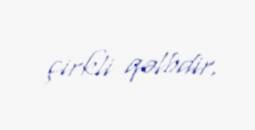
çirkli qəlbdir.